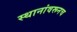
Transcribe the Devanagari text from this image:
स्थानांवरूनच